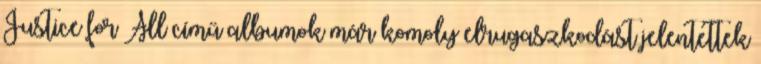
Justice for All című albumok már komoly elrugaszkodást jelentettek